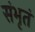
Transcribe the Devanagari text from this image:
संभृतं